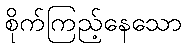
စိုက်ကြည့်နေသော